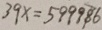
3 9 x = 5 9 9 9 8 6